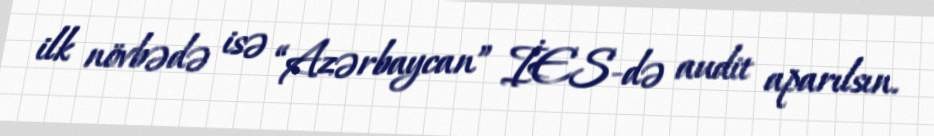
ilk növbədə isə “Azərbaycan” İES-də audit aparılsın.